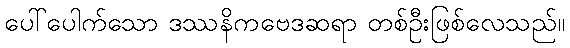
ပေါ်ပေါက်သော ဒဿနိကဗေဒဆရာ တစ်ဦးဖြစ်လေသည်။